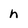
Character: h